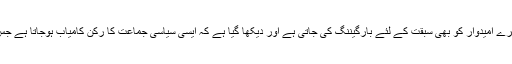
اس طرح جس امیدوار کو پہلا ووٹ دیا جاتا ہے تو اس کے ساتھ کسی دوسرے و تیسرے امیدوار کو بھی سبقت کے لئے بارگیننگ کی جاتی ہے اور دیکھا گیا ہے کہ ایسی سیاسی جماعت کا رکن کامیاب ہوجاتا ہے جس کی اپنی جماعت سینیٹ کی سیٹ حاصل کرنے کے لئے مطلوبہ تعداد نہیں رکھتی۔